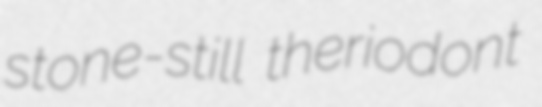
stone-still theriodont